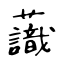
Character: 𧄹